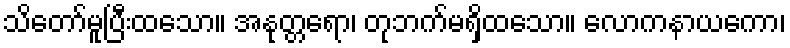
သိတော်မူပြီးထသော။ အနုတ္တရော၊ တုဘက်မရှိထသော။ လောကနာယကော၊